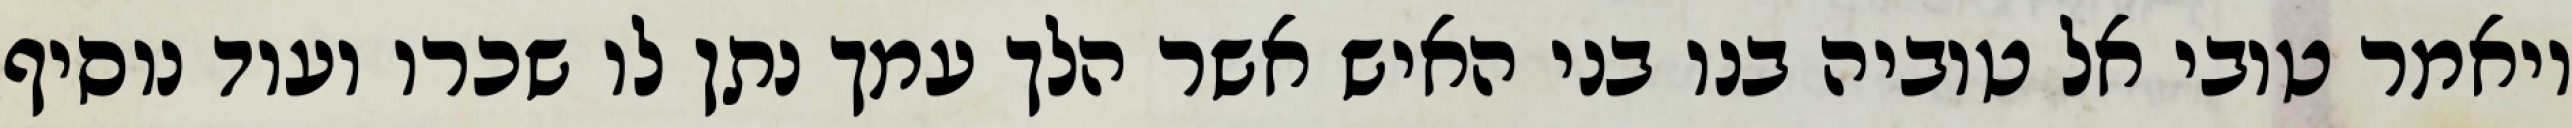
ויאמר טובי אל טוביה בנו בני האיש אשר הלך עמך נתן לו שכרו ועוד נוסיף